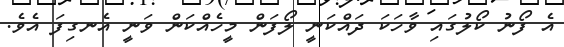
އެ ފޯނު ކޯލުގައި ވާހަކަ ދައްކަނީ ލޯފަން މީހެއްކަން ވަނީ އެނގިފަ އެވެ.